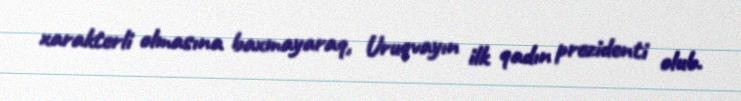
xarakterli olmasına baxmayaraq, Uruqvayın ilk qadın prezidenti olub.